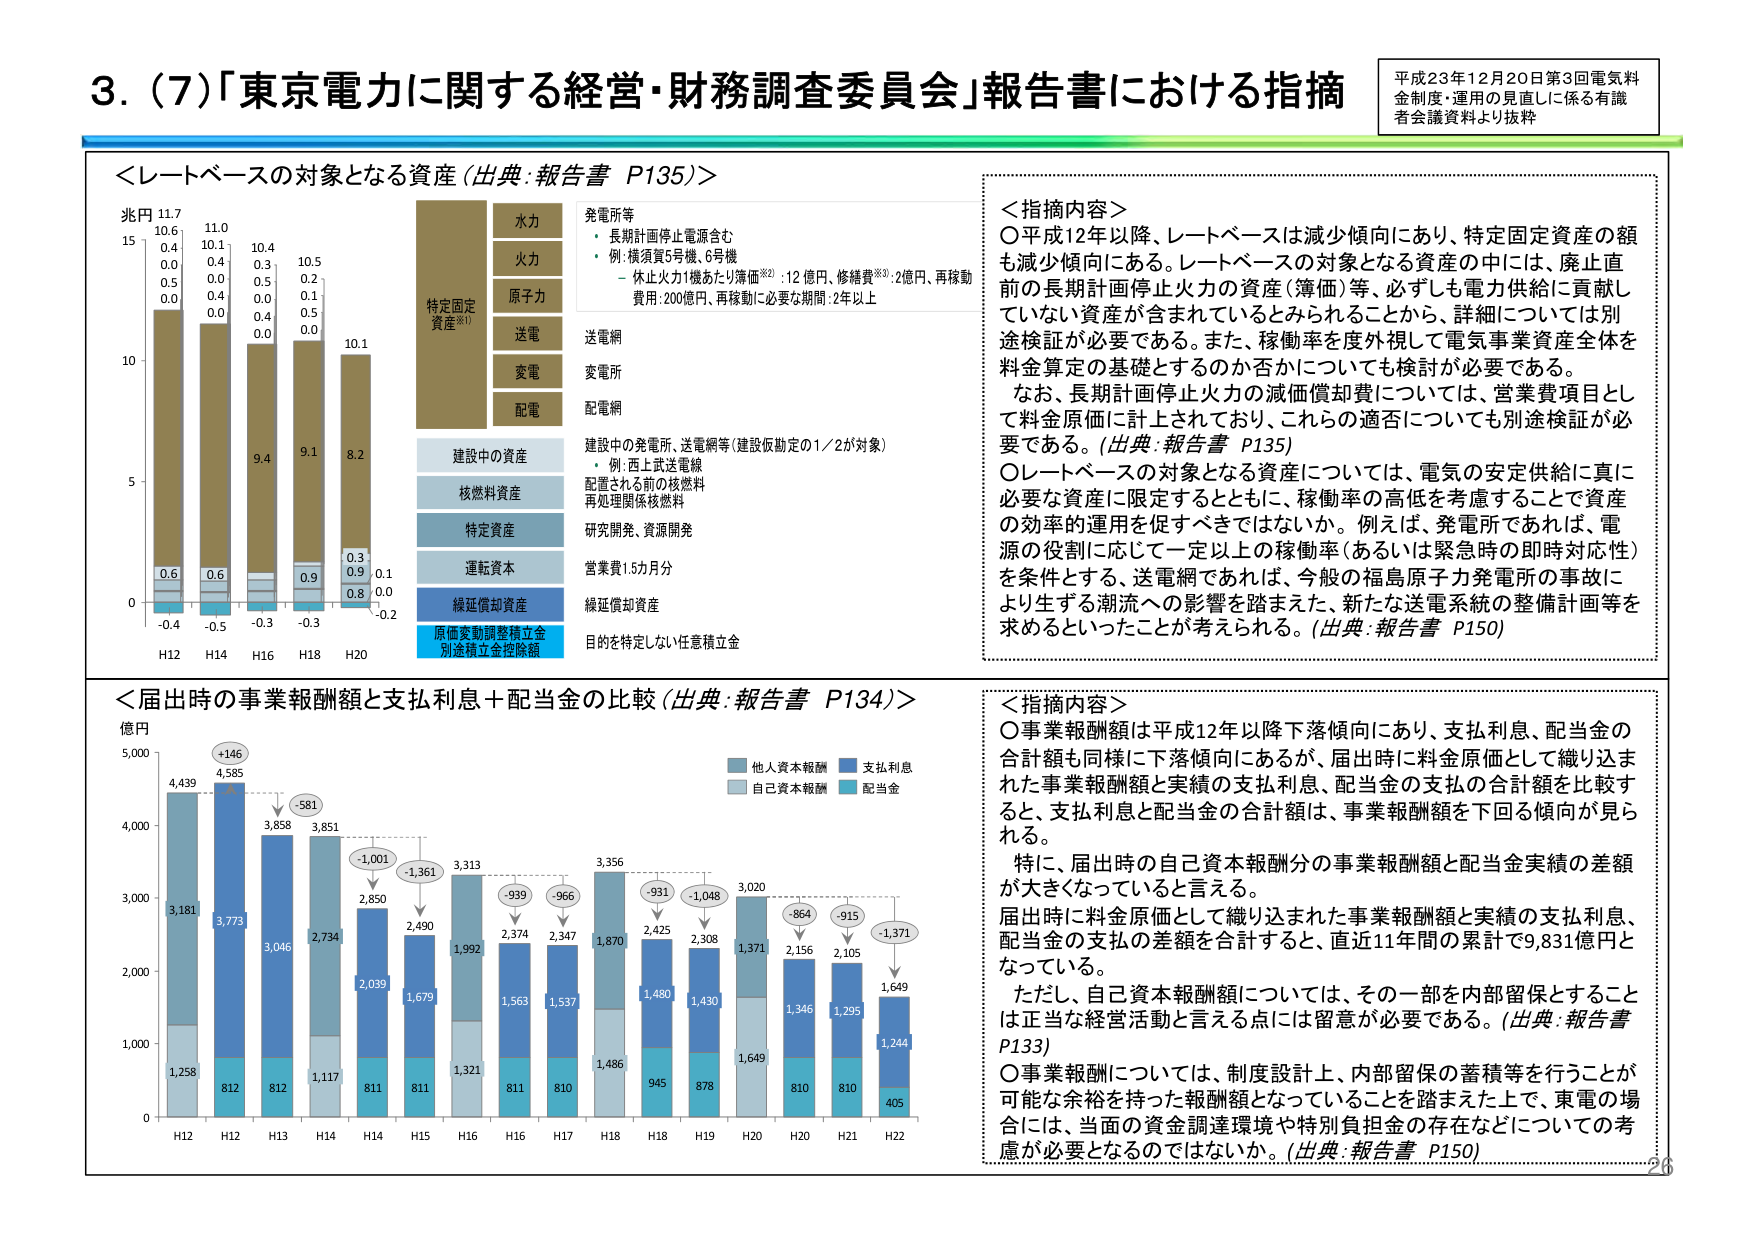
3. (7)「東京電力に関する経営・財務調査委員会」報告書における指摘

平成23年12月20日第3回電気料金制度・運用の見直しに係る有識者会議資料より抜粋

＜レートベースの対象となる資産（出典：報告書 P135）＞

兆円
15
10.6
0.4
0.0
0.5
0.0
11.7
11.0
10.4
10.5
10.1
0.4
0.0
0.0
0.0
0.3
0.5
0.2
0.1
0.5
0.0
9.4
9.1
8.2
0.3
0.9
0.1
0.8
0.0
-0.2
-0.4
-0.5
-0.3
-0.3
H12
H14
H16
H18
H20

特定固定資産※1
発電所等
・長期計画停止電源含む
・例：横須賀5号機、6号機
－休止火力1機あたり準備費※2：12億円、修繕費※3：2億円、再稼動費用：200億円、再稼動に必要な期間：2年以上

送電網
変電所
配電網

建設中の資産
・例：西上武送電線
配置される前の核燃料
再処理関係核燃料

核燃料資産

特定資産
研究開発、資源開発

運転資本
営業費1.5カ月分

繰延償却資産
繰延償却資産

原価変動調整積立金
別途積立金控除額
目的を特定しない任意積立金

＜指摘内容＞
〇平成12年以降、レートベースは減少傾向にあり、特定固定資産の額も減少傾向にある。レートベースの対象となる資産の中には、廃止直前の長期計画停止火力の資産（簿価）等、必ずしも電力供給に貢献していない資産が含まれているとみられることから、詳細については別途検証が必要である。また、稼働率を度外視して電気事業資産全体を料金算定の基礎とするのか否かについても検討が必要である。
なお、長期計画停止火力の減価償却費については、営業費項目として料金原価に計上されており、これらの適否についても別途検証が必要である。（出典：報告書 P135）
〇レートベースの対象となる資産については、電気の安定供給に真に必要な資産に限定するとともに、稼働率の高低を考慮することで資産の効率的運用を促すべきではないか。例えば、発電所であれば、電源の役割に応じて一定以上の稼働率（あるいは緊急時の即時対応性）を条件とする、送電網であれば、今般の福島原子力発電所の事故により生ずる潮流への影響を踏まえた、新たな送電系統の整備計画等を求めるといったことが考えられる。（出典：報告書 P150）

＜届出時の事業報酬額と支払利息＋配当金の比較（出典：報告書 P134）＞

億円
5,000
4,439
4,585
3,858
3,851
2,850
2,490
3,313
2,374
2,347
3,356
2,425
2,308
3,020
2,156
2,105
1,649
1,244
3,181
3,773
3,046
2,734
2,039
1,679
1,992
1,563
1,537
1,870
1,480
1,430
1,371
1,346
1,295
1,649
405
1,258
812
812
1,117
811
811
1,321
811
810
1,486
945
878
1,649
810
810
H12
H12
H13
H14
H14
H15
H16
H16
H17
H18
H18
H19
H20
H20
H21
H22
+146
-581
-1,001
-1,361
-939
-966
-931
-1,048
-864
-915
-1,371

他人資本報酬
支払利息
自己資本報酬
配当金

＜指摘内容＞
〇事業報酬額は平成12年以降下落傾向にあり、支払利息、配当金の合計額も同様に下落傾向にあるが、届出時に料金原価として織り込まれた事業報酬額と実績の支払利息、配当金の支払の合計額を比較すると、支払利息と配当金の合計額は、事業報酬額を下回る傾向が見られる。
特に、届出時の自己資本報酬分の事業報酬額と配当金実績の差額が大きくなっていると言える。
届出時に料金原価として織り込まれた事業報酬額と実績の支払利息、配当金の支払の差額を合計すると、直近11年間の累計で9,831億円となっている。
ただし、自己資本報酬額については、その一部を内部留保とすることは正当な経営活動と言える点には留意が必要である。（出典：報告書 P133）
〇事業報酬については、制度設計上、内部留保の蓄積等を行うことが可能な余裕を持った報酬額となっていることを踏まえた上で、東電の場合には、当面の資金調達環境や特別負担金の存在などについての考慮が必要となるのではないか。（出典：報告書 P150）

26